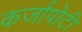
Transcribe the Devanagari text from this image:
कर्जापोटी